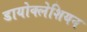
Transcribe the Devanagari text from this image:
डायोक्लेशियन